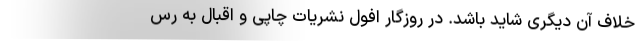
خلاف آن دیگری شاید باشد. در روزگار افول نشریات چاپی و اقبال به رس